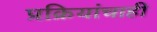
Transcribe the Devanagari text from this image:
प्रक्रियांचाही